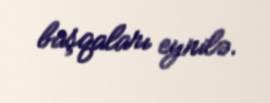
başqaları eynilə.